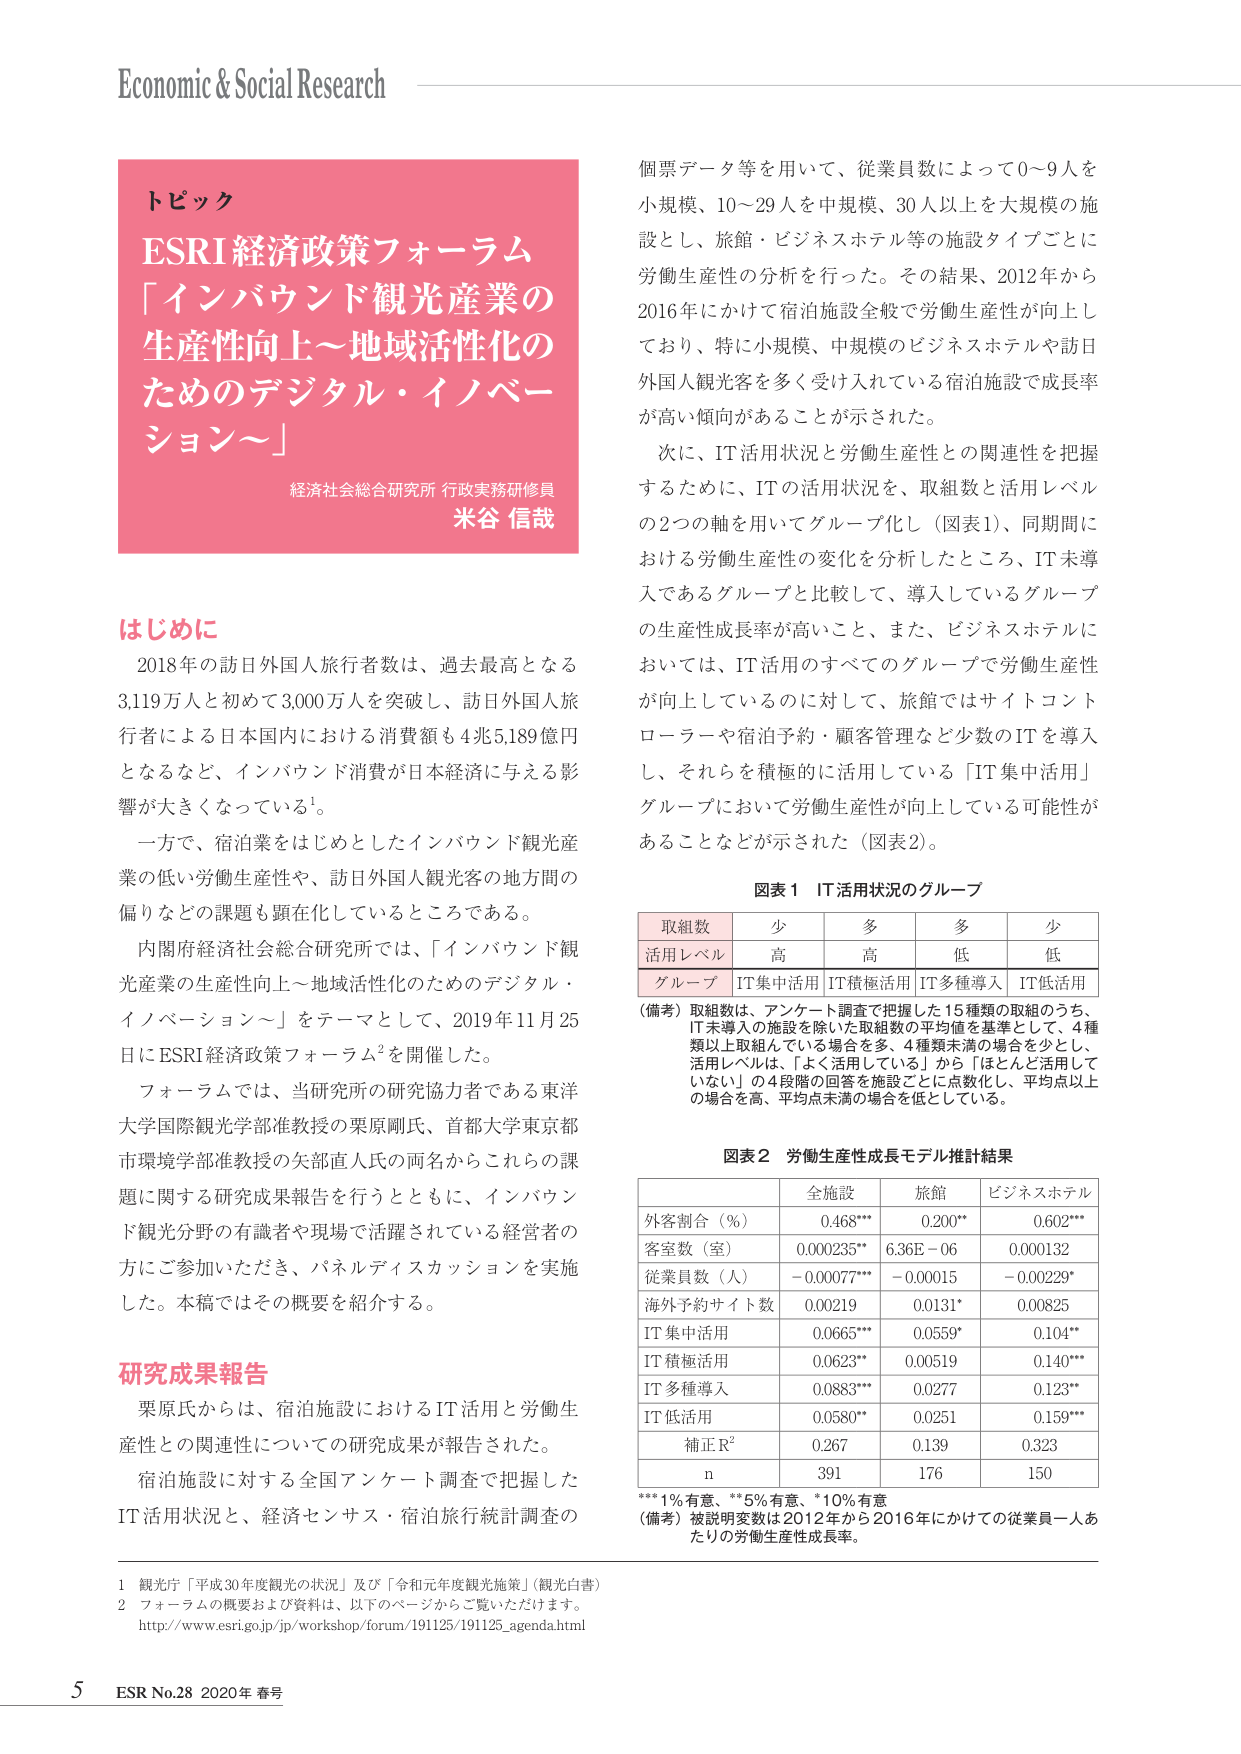
Economic & Social Research

トピック
ESRI経済政策フォーラム
「インバウンド観光産業の
生産性向上～地域活性化の
ためのデジタル・イノベー
ション～」
経済社会総合研究所 行政実務研修員
米谷 信哉

はじめに
2018年の訪日外国人旅行者数は、過去最高となる
3,119万人と初めて3,000万人を突破し、訪日外国人旅
行者による日本国内における消費額も4兆5,189億円
となるなど、インバウンド消費が日本経済に与える影
響が大きくなっている¹。
一方で、宿泊業をはじめとしたインバウンド観光産
業の低い労働生産性や、訪日外国人観光客の地方間の
偏りなどの課題も顕在化しているところである。
内閣府経済社会総合研究所では、「インバウンド観
光産業の生産性向上～地域活性化のためのデジタル・
イノベーション～」をテーマとして、2019年11月25
日にESRI経済政策フォーラム²を開催した。
フォーラムでは、当研究所の研究協力者である東洋
大学国際観光学部准教授の栗原剛氏、首都大学東京都
市環境学部准教授の矢部直人氏の两名からこれらの課
題に関する研究成果報告を行うとともに、インバウン
ド観光分野の有識者や現場で活躍されている経営者の
方にご参加いただき、パネルディスカッションを実施
した。本稿ではその概要を紹介する。

研究成果報告
栗原氏からは、宿泊施設におけるIT活用と労働生
産性との関連性についての研究成果が報告された。
宿泊施設に対する全国アンケート調査で把握した
IT活用状況と、経済センサス・宿泊旅行統計調査の

個票データ等を用いて、従業員数によって0～9人を
小規模、10～29人を中規模、30人以上を大規模の施
設とし、旅館・ビジネスホテル等の施設タイプごとに
労働生産性の分析を行った。その結果、2012年から
2016年にかけて宿泊施設全般で労働生産性が向上し
ており、特に小規模、中規模のビジネスホテルや訪日
外国人観光客を多く受け入れている宿泊施設で成長率
が高い傾向があることが示された。
次に、IT活用状況と労働生産性との関連性を把握
するために、ITの活用状況を、取組数と活用レベル
の2つの軸を用いてグルーピングし（図表1）、同期間に
おける労働生産性の変化を分析したところ、IT未導
入であるグループと比較して、導入しているグループ
の生産性成長率が高いこと、また、ビジネスホテルに
おいては、IT活用のすべてのグループで労働生産性
が向上しているのに対して、旅館ではサイトコント
ローラーや宿泊予約・顧客管理など少数のITを導入
し、それらを積極的に活用している「IT集中活用」
グループにおいて労働生産性が向上している可能性が
あることなどが示された（図表2）。

図表1 IT活用状況のグループ
取組数 少 多 多 少
活用レベル 高 高 低 低
グループ IT集中活用 IT積極活用 IT多種導入 IT低活用
（備考）取組数は、アンケート調査で把握した15種類の取組のうち、
IT未導入の施設を除いた取組数の平均値を基準として、4種
類以上取組んでいる場合を多、4種類未満の場合を少とし、
活用レベルは、「よく活用している」から「ほとんど活用して
いない」の4段階の回答を施設ごとに点数化し、平均点以上
の場合を高、平均点未満の場合を低としている。

図表2 労働生産性成長モデル推計結果
全施設 旅館 ビジネスホテル
外客割合（％） 0.468*** 0.200** 0.602***
客室数（室） 0.000235** 6.36E-06 0.000132
従業員数（人） -0.00077** -0.00015 -0.00229*
海外予約サイト数 0.00219 0.0131* 0.00825
IT集中活用 0.0665*** 0.0559* 0.104**
IT積極活用 0.0623** 0.00519 0.140***
IT多種導入 0.0883*** 0.0277 0.123**
IT低活用 0.0580** 0.0251 0.159***
補正R² 0.267 0.139 0.323
n 391 176 150
***1％有意、**5％有意、*10％有意
（備考）被説明変数は2012年から2016年にかけての従業員一人あ
たりの労働生産性成長率。

1 観光庁「平成30年度観光の状況」及び「令和元年度観光施策」（観光白書）
2 フォーラムの概要および資料は、以下のページからご覧いただけます。
http://www.esri.go.jp/jp/workshop/forum/191125/191125_agenda.html

5 ESR No.28 2020年 春号